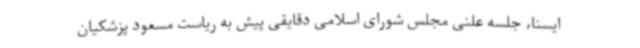
ایسنا، جلسه علنی مجلس شورای اسلامی دقایقی پیش به ریاست مسعود پزشکیان